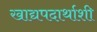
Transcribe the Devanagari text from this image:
खाद्यपदार्थाशी